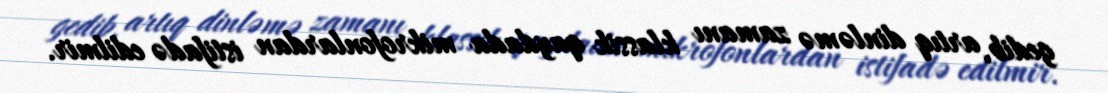
gedib, artıq dinləmə zamanı klassik qaydada mikrofonlardan istifadə edilmir.